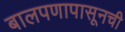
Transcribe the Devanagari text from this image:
बालपणापासूनची